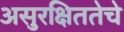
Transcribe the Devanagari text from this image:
असुरक्षिततेचे